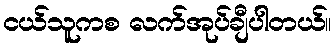
ငယ်သူကစ လက်အုပ်ချီပါတယ်။